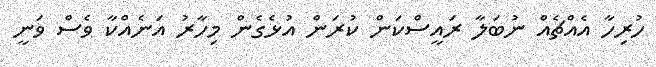
ހުރިހާ އެއްޗެއް ނުބަލާ ރައީސްކަން ކުރަން އުޅެގެން މިހާރު އަނެއްކާ ވެސް ވަނީ